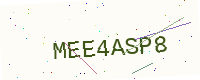
Text: MEE4ASP8